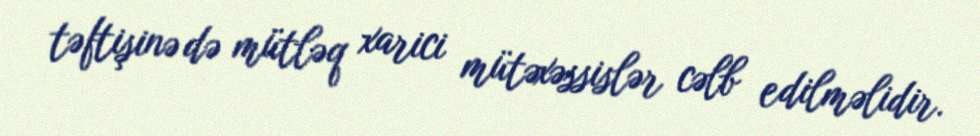
təftişinə də mütləq xarici mütəxəssislər cəlb edilməlidir.